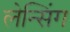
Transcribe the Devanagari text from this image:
लेन्सिंग